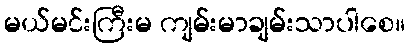
မယ်မင်းကြီးမ ကျမ်းမာချမ်းသာပါစေ။